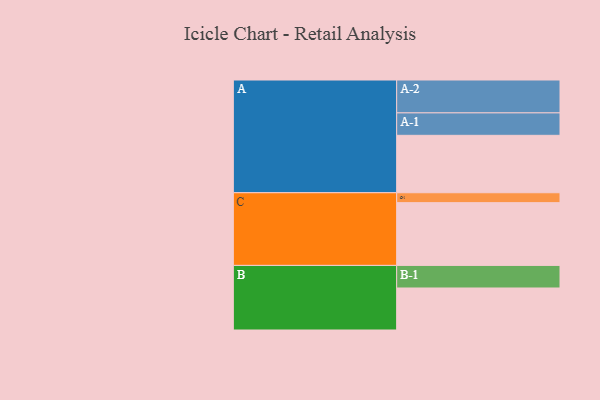
{"axis": {"x": "Segment", "y": "Value"}, "legend": ["", "A", "B", "C"], "data": [{"x": "A", "y": 440, "type": ""}, {"x": "B", "y": 322, "type": ""}, {"x": "C", "y": 481, "type": ""}, {"x": "A-1", "y": 172, "type": "A"}, {"x": "A-2", "y": 252, "type": "A"}, {"x": "B-1", "y": 173, "type": "B"}, {"x": "C-1", "y": 76, "type": "C"}]}